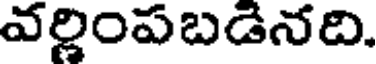
వర్ణింపబడినది.